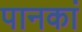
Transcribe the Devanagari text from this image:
पानकां